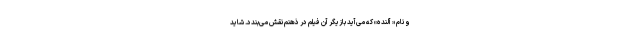
و نام « آلنده» که می‌آید بازیگر آن فیلم در ذهنم نقش می‌بندد. شاید